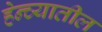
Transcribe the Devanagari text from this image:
हेन्च्यातील